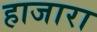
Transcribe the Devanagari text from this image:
हाजारा